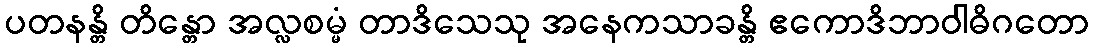
ပတနန္တိ တိန္တော အလ္လစမ္မံ တာဒိသေသု အနေကသာခန္တိ ဧကောဒိဘာဝါဓိဂတော